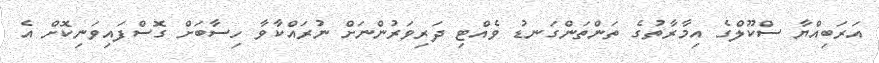
އަރަބިއްޔާ ސްކޫލްގެ އިމާރާތުގެ ތަންތަންގަނޑު ވެއްޓި ދަރިވަރުންނަށް ނުރައްކާވާ ހިސާބަށް ގޮސްފައިވަނިކޮށް އެ